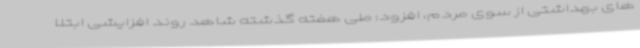
های بهداشتی از سوی مردم، افزود: طی هفته گذشته شاهد روند افزایشی ابتلا